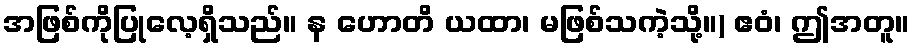
အဖြစ်ကိုပြုလေ့ရှိသည်။ န ဟောတိ ယထာ၊ မဖြစ်သကဲ့သို့။) ဧဝံ၊ ဤအတူ။